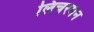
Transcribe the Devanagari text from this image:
लिचरमन